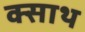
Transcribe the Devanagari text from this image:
क्साथ